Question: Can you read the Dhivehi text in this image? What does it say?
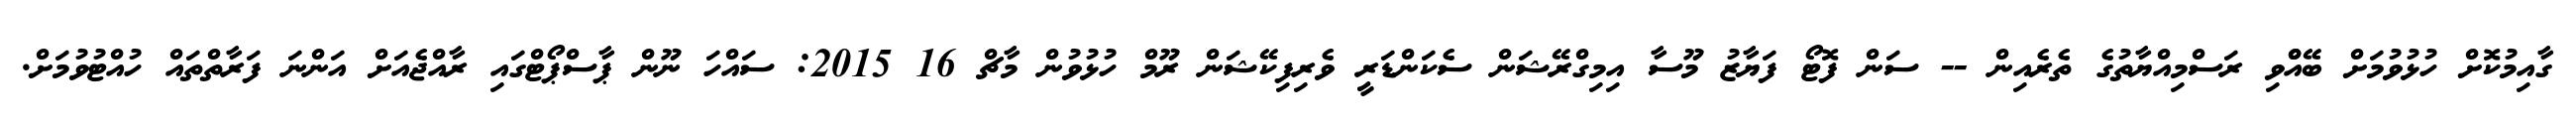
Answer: ގާއިމުކޮށް ހުޅުވުމަށް ބޭއްްވި ރަސްމިއްޔާތުގެ ތެރެއިން -- ސަން ފޮޓޯ ފަޔާޒު މޫސާ އިމިގްރޭޝަން ސެކަންޑަރީ ވެރިފިކޭޝަން ރޫމް ހުޅުވުން މާޗް 16 2015: ސައްހަ ނޫން ޕާސްޕޯޓްގައި ރާއްޖެއަށް އަންނަ ފަރާތްތައް ހުއްޓުވުމަށް.